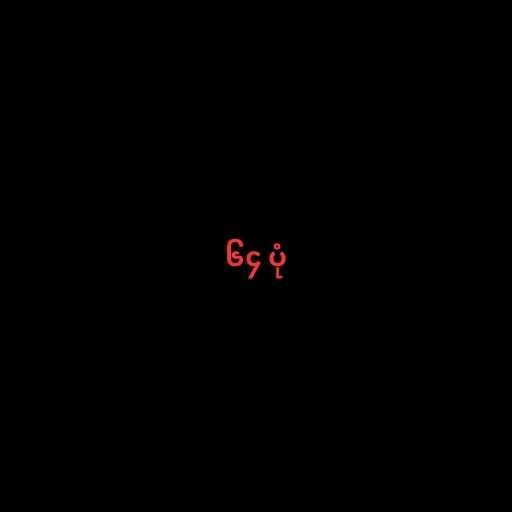
၆၄ ပုံ